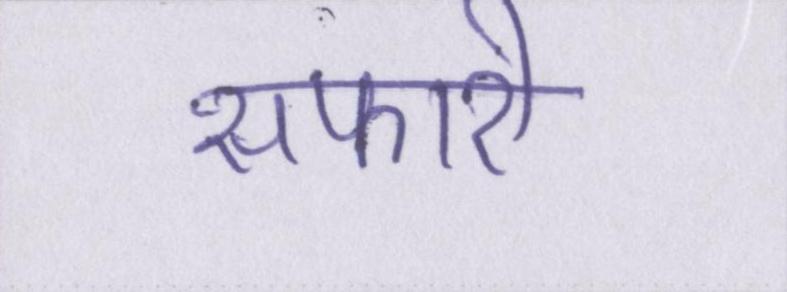
सफारी